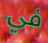
في